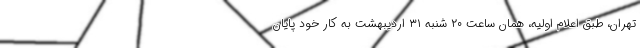
تهران، طبق اعلام اولیه، همان ساعت ۲۰ شنبه ۳۱ اردیبهشت به کار خود پایان